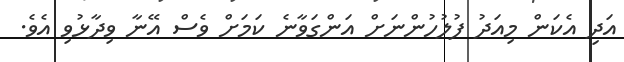
އަދި އެކަން މިއަދު ފުލުހުންނަށް އަންގަވާނެ ކަމަށް ވެސް އޭނާ ވިދާޅުވި އެވެ.